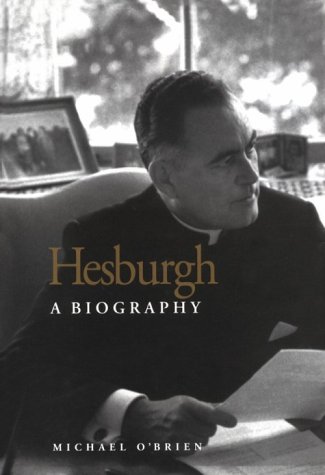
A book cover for Hesburgh: A Biography; Michael O'Brien; Biographies & Memoirs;